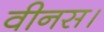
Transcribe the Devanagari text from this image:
वीनस।